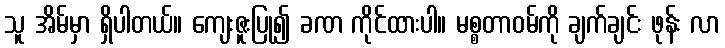
သူ အိမ်မှာ ရှိပါတယ်။ ကျေးဇူးပြု၍ ခဏ ကိုင်ထားပါ။ မစ္စတာဝမ်ကို ချက်ချင်း ဖုန်း လာ